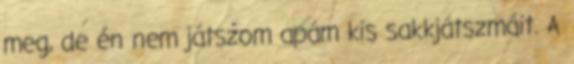
meg, de én nem játszom apám kis sakkjátszmáit. A